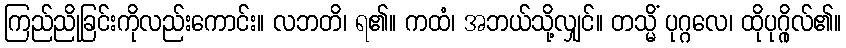
ကြည်ညိုခြင်းကိုလည်းကောင်း။ လဘတိ၊ ရ၏။ ကထံ၊ အဘယ်သို့လျှင်။ တသ္မိံ ပုဂ္ဂလေ၊ ထိုပုဂ္ဂိုလ်၏။